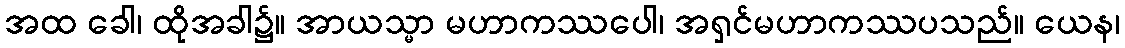
အထ ခေါ၊ ထိုအခါ၌။ အာယသ္မာ မဟာကဿပေါ၊ အရှင်မဟာကဿပသည်။ ယေန၊